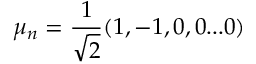
\mu _ { n } = \frac { 1 } { \sqrt { 2 } } ( 1 , - 1 , 0 , 0 . . . 0 )